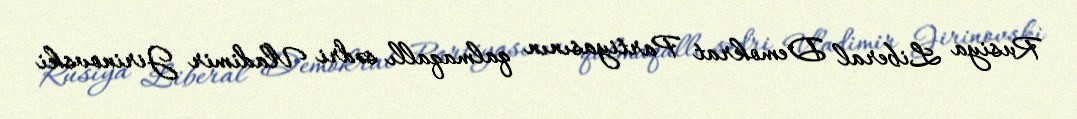
Rusiya Liberal Demokrat Partiyasının qalmaqallı sədri Vladimir Jirinovski